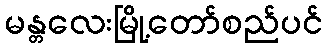
မန္တလေးမြို့တော်စည်ပင်